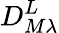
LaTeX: D_{M\lambda}^{L}